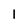
Character: l